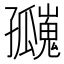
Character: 𪧄